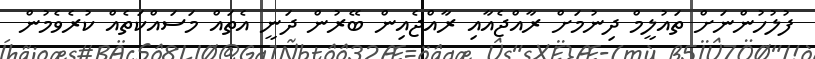
ފުލުހުންނަށް ތައުލީމް ދިނުމަށް ރާއްޖެއާއި ރާއްޖެއިން ބޭރުން ދަނީ އެތައް މަސައްކަތެއް ކުރެވެމުން